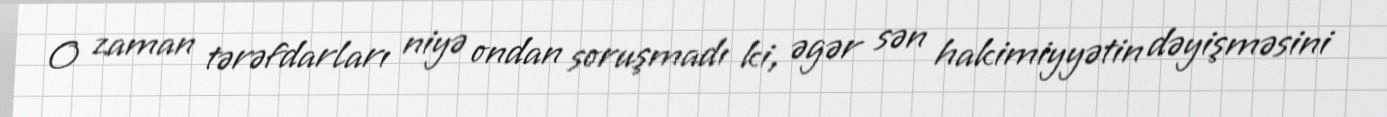
O zaman tərəfdarları niyə ondan soruşmadı ki, əgər sən hakimiyyətin dəyişməsini